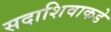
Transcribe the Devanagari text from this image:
सदाशिवाकडे